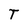
Character: T